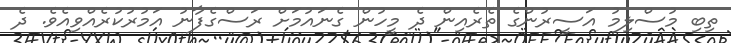
ތިބި މުސްލިމު އަސީރުންގެ ތެރެއިން ދެ މީހުން ގެނައުމަށް ރަސްގެފާނު އަމުރުކުރެއްވިއެވެ. ދެ